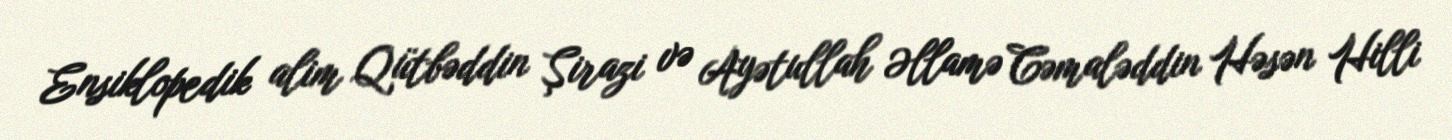
Ensiklopedik alim Qütbəddin Şirazi və Ayətullah Əllamə Cəmaləddin Həsən Hilli